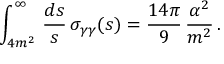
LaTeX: \int _ { 4 m ^ { 2 } } ^ { \infty } \, { \frac { d s } { s } } \, \sigma _ { \gamma \gamma } ( s ) = { \frac { 1 4 \pi } { 9 } } \, { \frac { \alpha ^ { 2 } } { m ^ { 2 } } } \, .